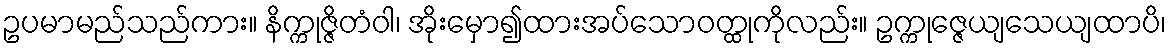
ဥပမာမည်သည်ကား။ နိက္ကုဇ္ဇိတံဝါ၊ အိုးမှော၍ထားအပ်သောဝတ္ထုကိုလည်း။ ဥက္ကုဇ္ဇေယျသေယျထာပိ၊